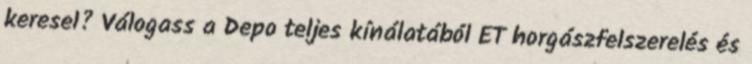
keresel? Válogass a Depo teljes kínálatából ET horgászfelszerelés és